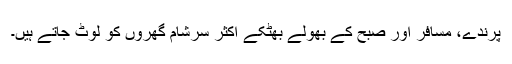
پرندے، مسافر اور صبح کے بھولے بھٹکے اکثر سرِشام گھروں کو لوٹ جاتے ہیں۔